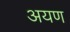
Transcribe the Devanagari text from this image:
अयण